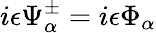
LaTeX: i\epsilon\Psi_{\alpha}^{\pm}=i\epsilon\Phi_{\alpha}